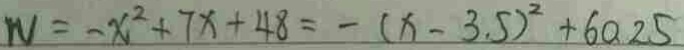
N = - x ^ { 2 } + 7 x + 4 8 = - ( x - 3 . 5 ) ^ { 2 } + 6 0 . 2 5